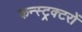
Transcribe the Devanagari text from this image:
कन्स्ट्रक्टरों